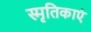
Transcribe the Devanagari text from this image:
स्मृतिकाएं